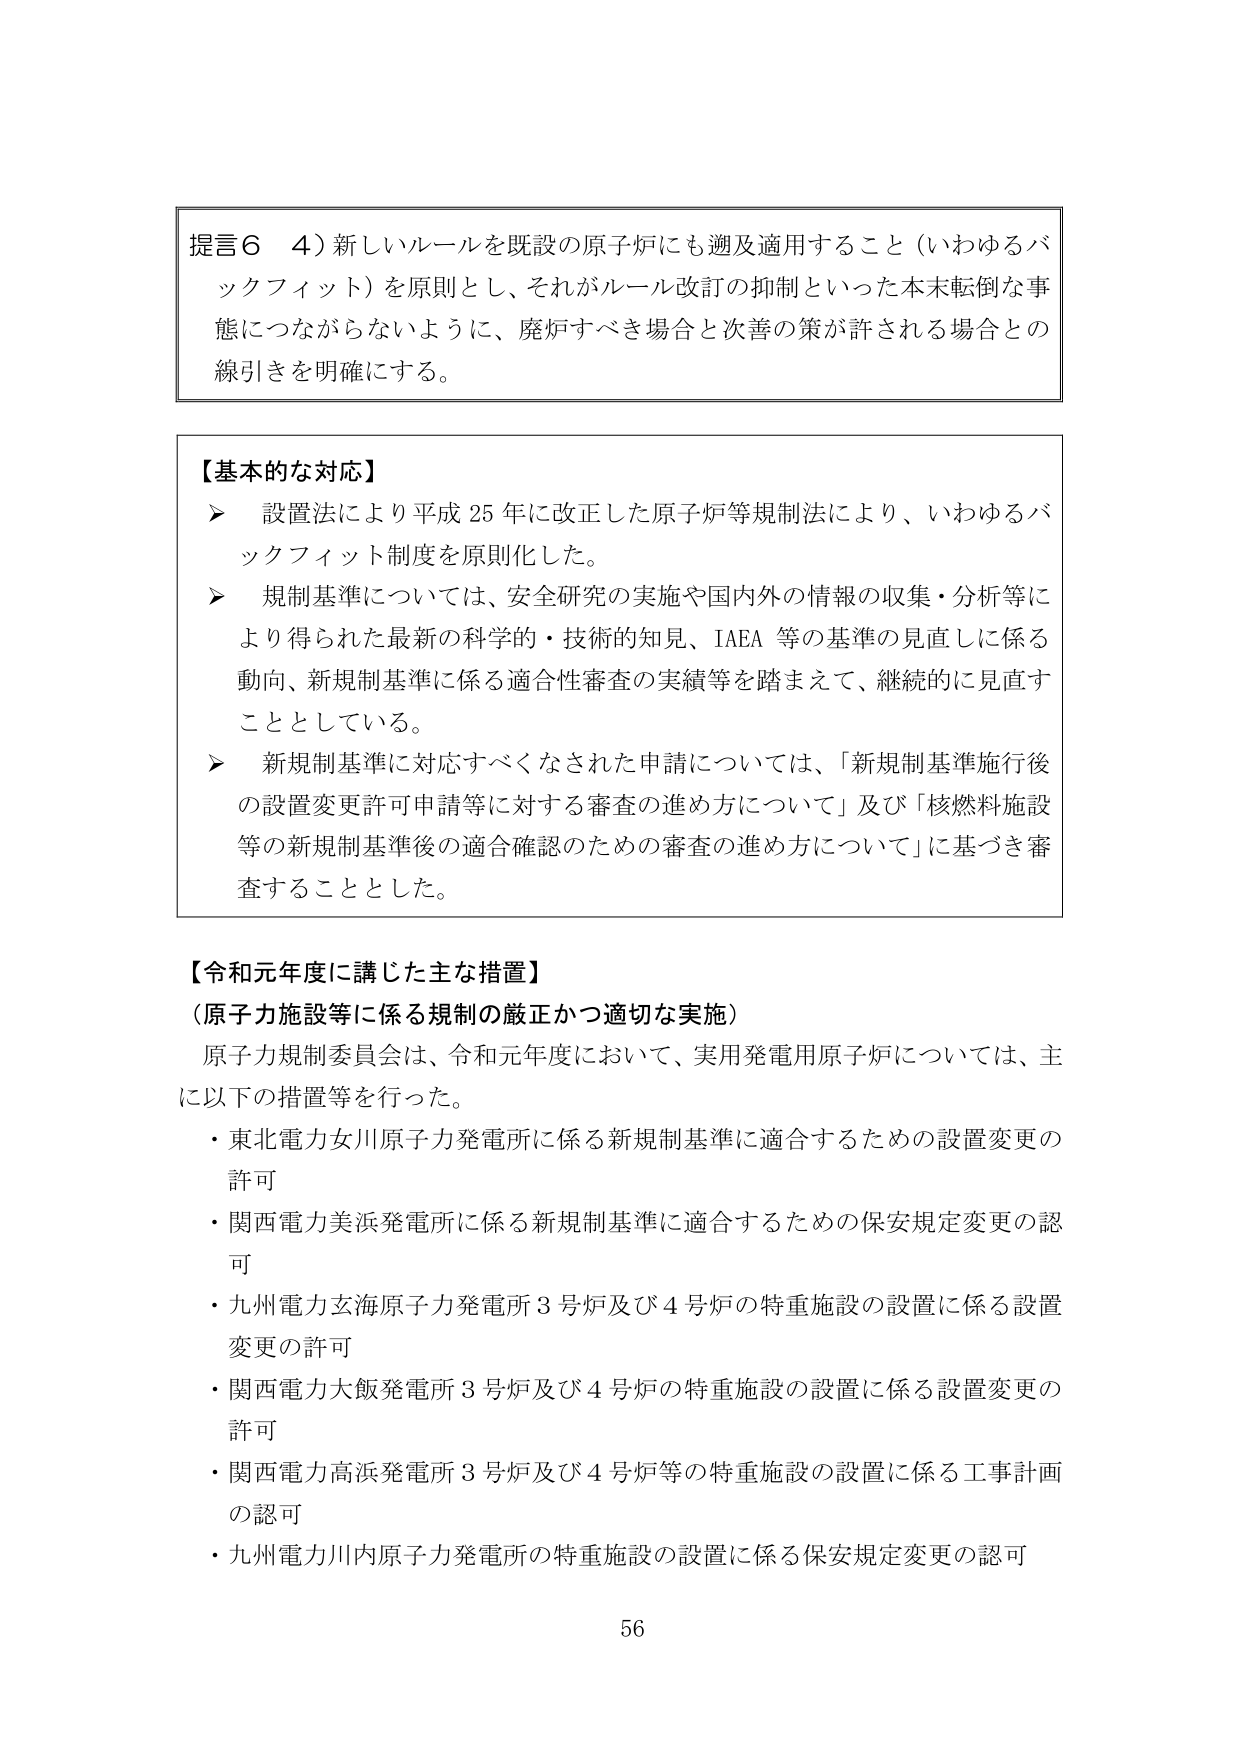
提言６　４）新しいルールを既設の原子炉にも遡及適用すること（いわゆるバックフィット）を原則とし、それがルール改訂の抑制といった本末転倒な事態につながらないように、廃炉すべき場合と次善の策が許される場合との線引きを明確にする。

【基本的な対応】
➤　設置法により平成25年に改正した原子炉等規制法により、いわゆるバックフィット制度を原則化した。
➤　規制基準については、安全研究の実施や国内外の情報の収集・分析等により得られた最新の科学的・技術的知見、IAEA等の基準の見直しに係る動向、新規制基準に係る適合性審査の実績等を踏まえて、継続的に見直すこととしている。
➤　新規制基準に対応すべくなされた申請については、「新規制基準施行後の設置変更許可申請等に対する審査の進め方について」及び「核燃料施設等の新規制基準後の適合確認のための審査の進め方について」に基づき審査することとした。

【令和元年度に講じた主な措置】
（原子力施設等に係る規制の厳正かつ適切な実施）
原子力規制委員会は、令和元年度において、実用発電用原子炉については、主に以下の措置等を行った。
・東北電力女川原子力発電所に係る新規制基準に適合するための設置変更の許可
・関西電力美浜発電所に係る新規制基準に適合するための保安規定変更の認可
・九州電力玄海原子力発電所3号炉及び4号炉の特重施設の設置に係る設置変更の許可
・関西電力大飯発電所3号炉及び4号炉の特重施設の設置に係る設置変更の許可
・関西電力高浜発電所3号炉及び4号炉等の特重施設の設置に係る工事計画の認可
・九州電力川内原子力発電所の特重施設の設置に係る保安規定変更の認可

56